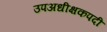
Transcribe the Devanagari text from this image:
उपअधीक्षकपदी